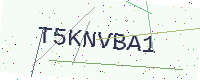
Text: T5KNVBA1